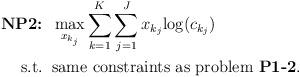
LaTeX: \begin{align*}\mbox{\textbf{NP2:}} &\;\; \max_{x_{k_j}} \sum_{k=1}^K \sum_{j=1}^J x_{k_j}{\log(c_{k_j})} \\\mbox{s.t.} &\;\; \mbox{same constraints as problem {\bf P1-2}}. \end{align*}